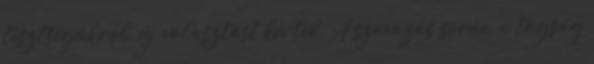
tisztségükről, új választást kértek. A szavazás során a tagság